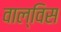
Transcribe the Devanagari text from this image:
वाल्विस